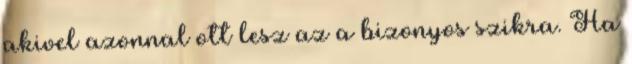
akivel azonnal ott lesz az a bizonyos szikra. Ha